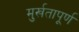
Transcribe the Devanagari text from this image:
मुर्खतापूर्ण